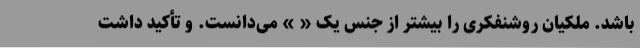
باشد. ملکیان روشنفکری را بیشتر از جنس یک « » می‌دانست. و تأکید داشت